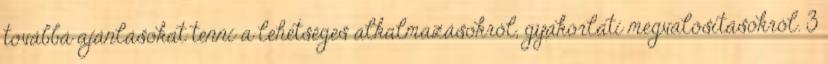
továbbá ajánlásokat tenni a lehetséges alkalmazásokról, gyakorlati megvalósításokról. 3